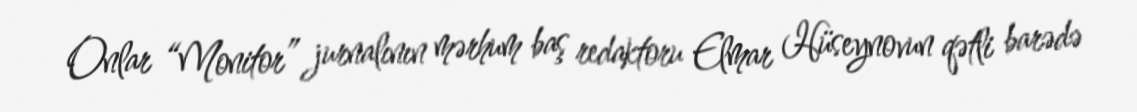
Onlar “Monitor” jurnalının mərhum baş redaktoru Elmar Hüseynovun qətli barədə